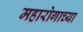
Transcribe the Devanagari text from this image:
महारोगाच्या